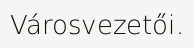
Városvezetői.